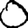
Digit: 0